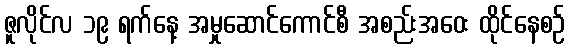
ဇူလိုင်လ ၁၉ ရက်နေ့ အမှုဆောင်ကောင်စီ အစည်းအဝေး ထိုင်နေစဉ်